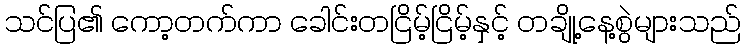
သင်ပြ၏ ကော့တက်ကာ ခေါင်းတငြိမ့်ငြိမ့်နှင့် တချို့နေ့စွဲများသည်